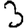
Digit: 3